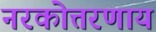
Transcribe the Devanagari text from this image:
नरकोत्तरणाय